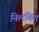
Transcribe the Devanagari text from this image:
निलबित